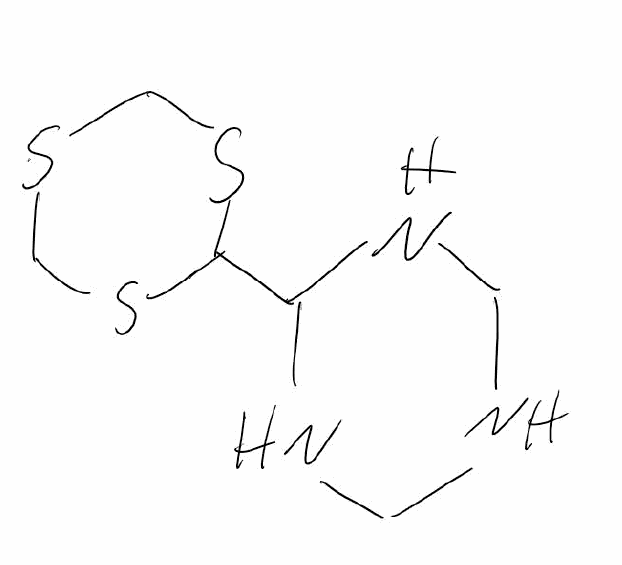
Simplified molecular-input line-entry system (SMILES) notation of the given molecule:
C1NCNC(N1)C2SCSCS2